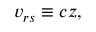
v _ { r s } \equiv c z ,